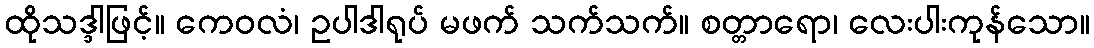
ထိုသဒ္ဒါဖြင့်။ ကေဝလံ၊ ဥပါဒါရုပ် မဖက် သက်သက်။ စတ္တာရော၊ လေးပါးကုန်သော။